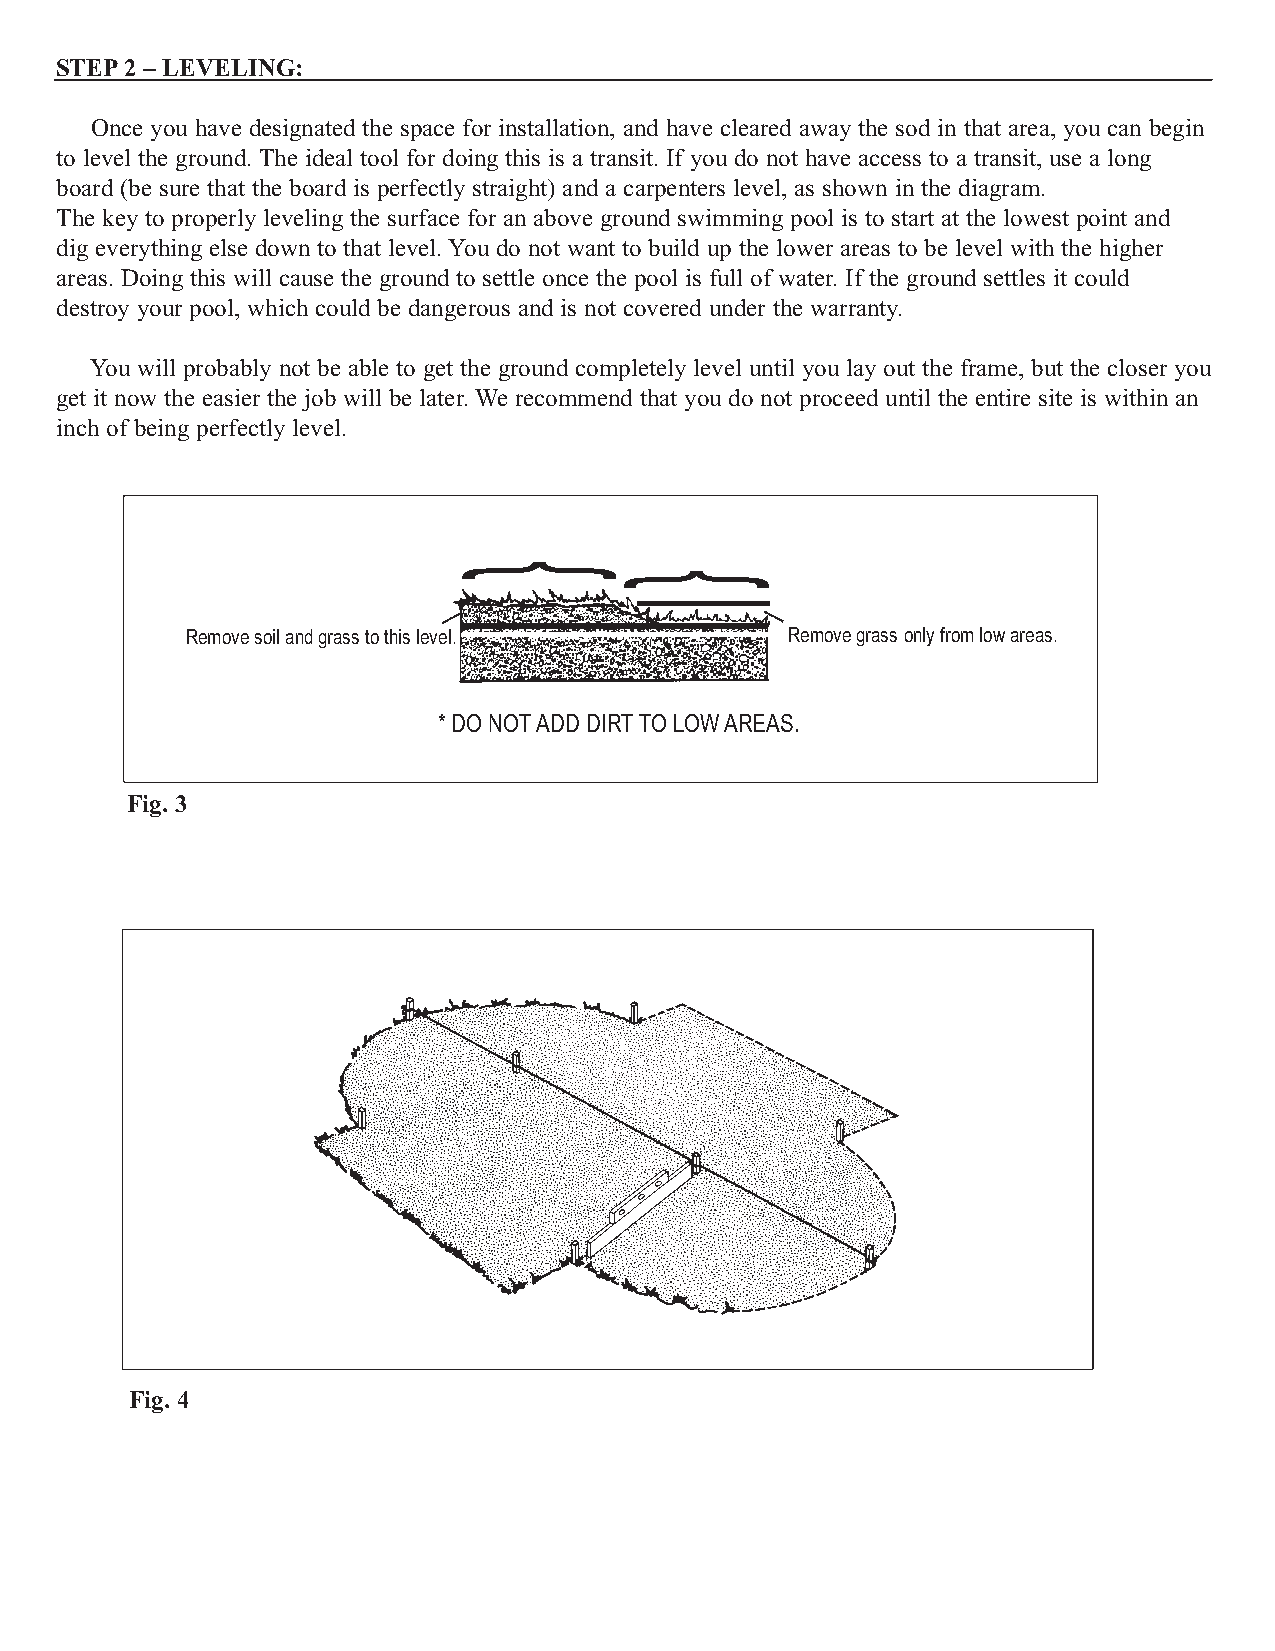
STEP2 – LEVELING:
 Once you have designated the space for installation, and have cleared away the sod in that area, you can begin
 to level the ground. The ideal tool for doing this is a transit. If you do not have access to a transit, use a long
 board (be sure that the board is perfectly straight) and a carpenters level, as shown in the diagram.
 The key to properly leveling the surface for an above ground swimming pool is to start at the lowest point and
 dig everything else down to that level. You do not want to build up the lower areas to be level with the higher
 areas. Doing this will cause the ground to settle once the pool is full of water. If the ground settles it could
 destroy your pool, which could be dangerous and is not covered under the warranty.
 You will probably not be able to get the ground completely level until you lay out the frame, but the closer you
 get it now the easier the job will be later. We recommend that you do not proceed until the entire site is within an
 inch of being perfectly level.
 Remove soil and grass to this level.    Remove grass only from low areas.
 * DO NOTADD DIRTTO LOW AREAS.
 Fig. 3
 Fig. 4
 }
 }